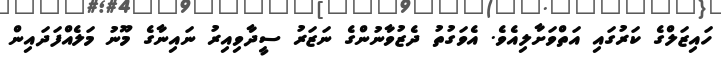
ހައިޒަލްގެ ކަރުގައި އަތްވަށާލިއެވެ. އެވަގުތު ދެޒުވާނުންގެ ނަޒަރު ސީދާވިއިރު ނައިނާގެ މޫނު މަލެއްފަދައިން